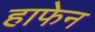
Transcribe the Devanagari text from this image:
हाफेन